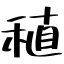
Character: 稙